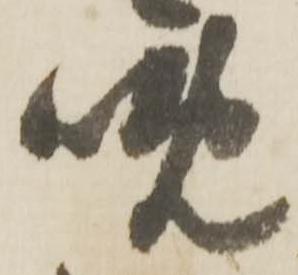
晩